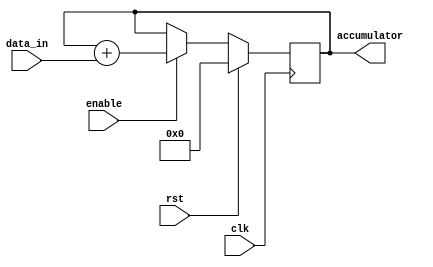
module accumulator(
    input wire clk,
    input wire rst,
    input wire enable,
    input wire [7:0] data_in,
    output reg [15:0] accumulator
);

always @(posedge clk) begin
    if (rst) begin
        accumulator <= 16'h0000;
    end else if (enable) begin
        accumulator <= accumulator + data_in;
    end
end

endmodule